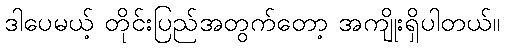
ဒါပေမယ့် တိုင်းပြည်အတွက်တော့ အကျိုးရှိပါတယ်။